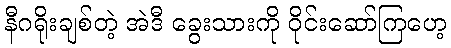
နီဂရိုးချစ်တဲ့ အဲဒီ ခွေးသားကို ဝိုင်းဆော်ကြဟေ့